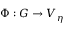
\Phi : G \to V _ { \eta }